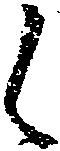
候